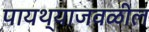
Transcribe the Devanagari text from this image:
पायथ्याजवळील